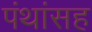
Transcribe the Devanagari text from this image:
पंथांसह